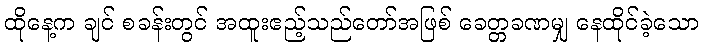
ထိုနေ့က ချင် စခန်းတွင် အထူးဧည့်သည်တော်အဖြစ် ခေတ္တခဏမျှ နေထိုင်ခဲ့သော